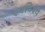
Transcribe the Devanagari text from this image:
स्वविश्व